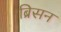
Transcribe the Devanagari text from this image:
ब्रिसन